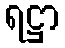
ရဋ္ဌာ